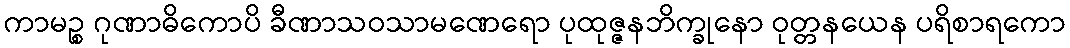
ကာမဉ္စ ဂုဏာဓိကောပိ ခီဏာသဝသာမဏေရော ပုထုဇ္ဇနဘိက္ခုနော ဝုတ္တနယေန ပရိစာရကော